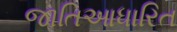
જાતિઆધારિત